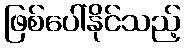
ဖြစ်ပေါ်နိုင်သည့်